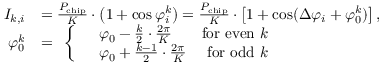
\begin{array} { r l } { I _ { k , i } } & { = \frac { P _ { \mathrm { c h i p } } } { K } \cdot \left( 1 + \cos \varphi _ { i } ^ { k } \right) = \frac { P _ { \mathrm { c h i p } } } { K } \cdot \left[ 1 + \cos ( \Delta \varphi _ { i } + \varphi _ { 0 } ^ { k } ) \right] , } \\ { \varphi _ { 0 } ^ { k } } & { = \begin{array} { r } { \left\{ \begin{array} { r l r } & { \varphi _ { 0 } - \frac { k } { 2 } \cdot \frac { 2 \pi } { K } } & { \mathrm { f o r ~ e v e n ~ } k } \\ & { \varphi _ { 0 } + \frac { k - 1 } { 2 } \cdot \frac { 2 \pi } { K } } & { \mathrm { f o r ~ o d d ~ } k } \end{array} \right. } \end{array} } \end{array}